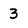
Character: 3